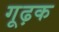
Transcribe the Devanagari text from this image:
गूढ़क